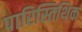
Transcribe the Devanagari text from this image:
पारिस्तिथिक